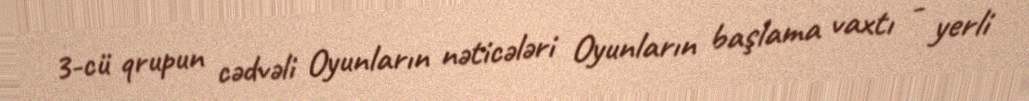
3-cü qrupun cədvəli Oyunların nəticələri Oyunların başlama vaxtı - yerli